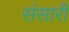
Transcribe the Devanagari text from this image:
संसारीं